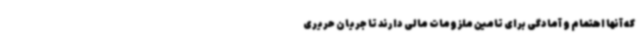
که آنها اهتمام و آمادگی برای تامین ملزومات مالی دارند تا جریان حریری